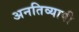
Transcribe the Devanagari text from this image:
अनतिव्यापी